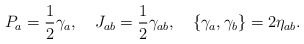
\begin{align*}P_a = {1 \over 2} \gamma_a, \ \ \ J_{ab} = {1 \over 2}\gamma_{ab}, \ \ \ \{\gamma_a,\gamma_b\} = 2\eta_{ab}.\end{align*}